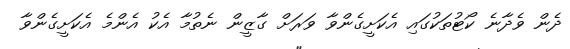
ދެން ވެދާނެ ކޯޓުތަކުގައި އެކަށީގެންވާ ވަރަށް ގާޒީން ނެތުމާ އެކު އެންމެ އެކަށީގެންވާ